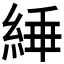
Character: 𬗜